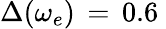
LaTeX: \Delta(\omega_{e})\, =\, 0.6\